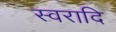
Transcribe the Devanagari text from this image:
स्वरादि